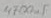
Text: 4700uF